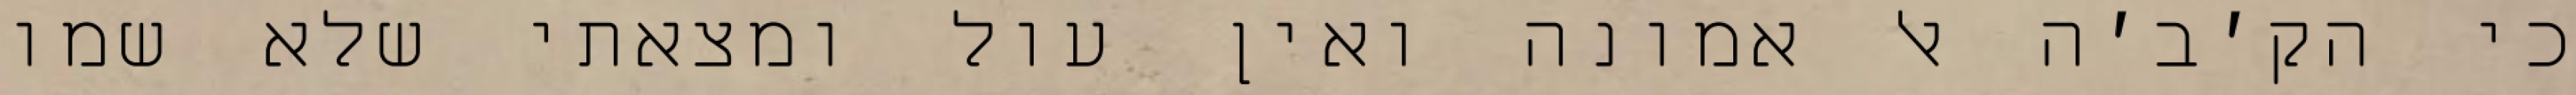
כי הק׳ב׳ה אל אמונה ואין עול ומצאתי שלא שמו